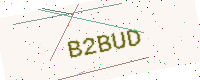
Text: B2BUD